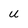
Character: u